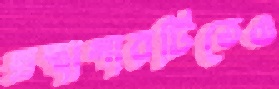
গ্রন্থাগারটিতেও